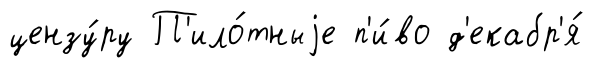
цензу́ру П'ило́тныjе п'и́во д'екабр'я́